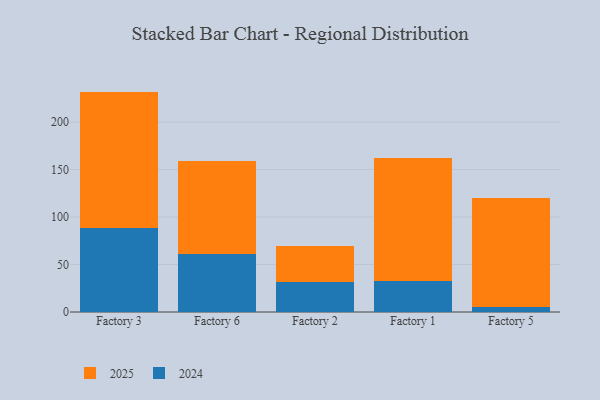
{"axis": {"x": "Factory", "y": "Humidity (%)"}, "legend": ["2024", "2025"], "data": [{"x": "Factory 3", "y": 144.1, "type": "2025"}, {"x": "Factory 3", "y": 88.0, "type": "2024"}, {"x": "Factory 6", "y": 97.0, "type": "2025"}, {"x": "Factory 6", "y": 61.5, "type": "2024"}, {"x": "Factory 2", "y": 38.0, "type": "2025"}, {"x": "Factory 2", "y": 31.1, "type": "2024"}, {"x": "Factory 1", "y": 129.0, "type": "2025"}, {"x": "Factory 1", "y": 32.7, "type": "2024"}, {"x": "Factory 5", "y": 114.7, "type": "2025"}, {"x": "Factory 5", "y": 5.1, "type": "2024"}]}